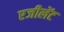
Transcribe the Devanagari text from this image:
एजीलेंट